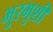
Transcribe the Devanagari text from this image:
भुरभुशी